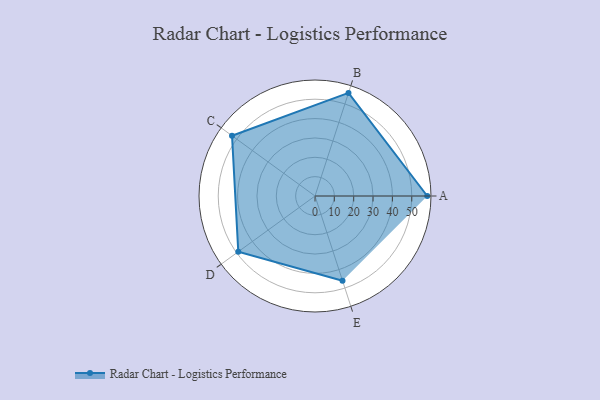
{"axis": {"x": "Skill", "y": "Score"}, "legend": ["Profile"], "data": [{"x": "A", "y": 58.0, "type": "Profile"}, {"x": "B", "y": 56.0, "type": "Profile"}, {"x": "C", "y": 53.0, "type": "Profile"}, {"x": "D", "y": 49.0, "type": "Profile"}, {"x": "E", "y": 46.0, "type": "Profile"}]}